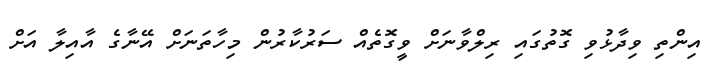
އިންތި ވިދާޅުވި ގޮތުގައި ރިލްވާނަށް ވީގޮތެއް ސަރުކާރުން މިހާތަނަށް އޭނާގެ އާއިލާ އަށް